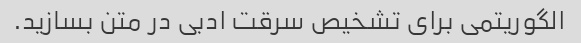
الگوریتمی برای تشخیص سرقت ادبی در متن بسازید.